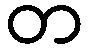
တ